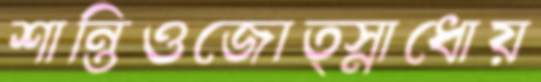
শান্তিওজোত্স্নাধোয়